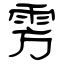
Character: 雱